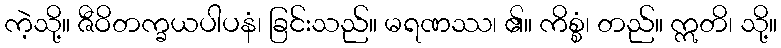
ကဲ့သို့။ ဇီဝိတက္ခယပါပနံ၊ ခြင်းသည်။ မရဏဿ၊ ၏။ ကိစ္စံ၊ တည်။ ဣတိ၊ သို့။